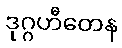
ဒုဂ္ဂဟီတေန